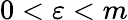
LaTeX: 0<\varepsilon<m